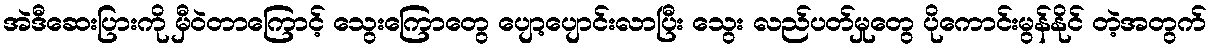
အဲဒီဆေးပြားကို မှီဝဲတာကြောင့် သွေးကြောတွေ ပျော့ပျောင်းလာပြီး သွေး လည်ပတ်မှုတွေ ပိုကောင်းမွန်နိုင် တဲ့အတွက်